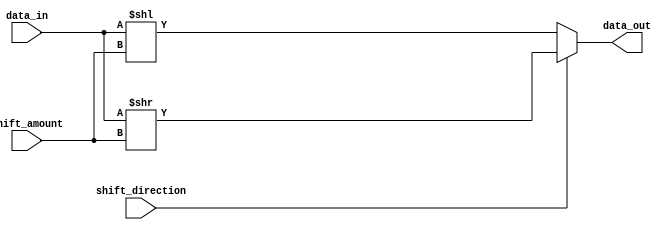
module Hybrid_Barrel_Shifter (
    input wire [7:0] data_in,
    input wire [2:0] shift_amount,
    input wire shift_direction,
    output wire [7:0] data_out
);

reg [7:0] shifted_data;

// Arithmetic blocks for addition and subtraction
reg [7:0] add_result;
reg [7:0] sub_result;

// Barrel shifter
always @* begin
    case(shift_direction)
        0: begin // Shift left
            shifted_data = data_in << shift_amount;
        end
        1: begin // Shift right
            shifted_data = data_in >> shift_amount;
        end
        default: begin
            shifted_data = 8'b0;
        end
    endcase
end

// Arithmetic blocks in parallel
always @* begin
    add_result = data_in + shift_amount;
    sub_result = data_in - shift_amount;
end

// Choose either the shifted data, addition result, or subtraction result based on the shift direction
always @* begin
    case(shift_direction)
        0: data_out = shifted_data;
        1: data_out = shifted_data;
        default: data_out = 8'b0;
    endcase
end

endmodule